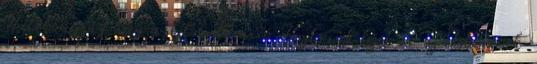
Hatékonyság meg a Globalizáció Hajtsunk fejet az új Isteneink